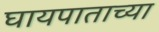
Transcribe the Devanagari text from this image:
घायपाताच्या